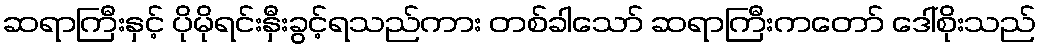
ဆရာကြီးနှင့် ပိုမိုရင်းနှီးခွင့်ရသည်ကား တစ်ခါသော် ဆရာကြီးကတော် ဒေါ်စိုးသည်